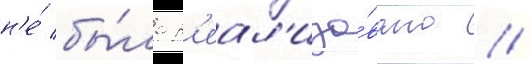
н'е́ бы́ло р'еал'изо́вано //